Vaccination in the Punjab 1883-1896 - 1883-1896
Year: 1883
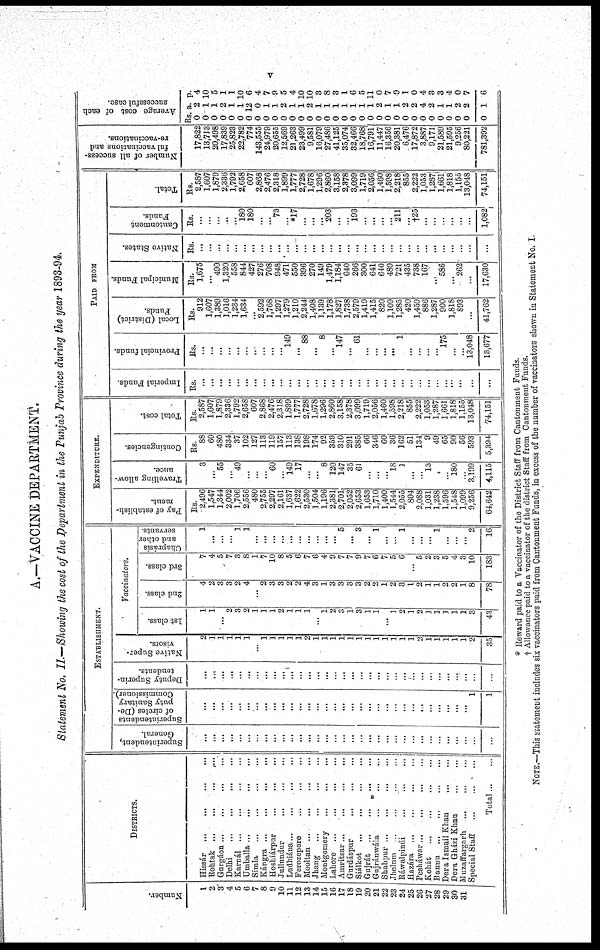
v
A.—VACCINE DEPARTMENT.
Statement No. II.—Showing the cost of the Department in the Punjab Province during the year 1893-94.
Number.
1
2
3
4
5
6
7
8
9
10
11
12
13
14
15
16
17
18
19
20
21
22
23
24
25
26
27
28
29
30
31
DISTRICTS.
Hissár
...
...
...
...
Rohtak
...
...
...
...
Gurgáon ... ... ... ...
Delhi ... ... ... ...
Karnál ... ... ... ...
Umballa
...
...
...
...
Simla ... ... ... ...
Kángra
...
...
...
...
Hoshiárpur ... ... ...
Jullundur ... ... ...
Ludhiána ...
...
...
...
Ferozepore ... ... ...
Mlooltan
...
...
...
...
Jhang ... ... ... ...
Montgomery ... ... ...
Lahore
...
...
...
...
Amritsar...
...
...
...
Gurdáspur ... ... ...
Siálkot ... ... ... ...
Gujrát
...
...
... ...
Gurjránwála ... ... ...
Shabpur
...
...
...
...
Jhelum ...
...
...
...
Ráwalpindi ... ... ...
Hazára ... ... ... ...
Pesháwar
...
...
...
...
Kohát ... ... ... ...
Bannu
...
...
...
...
Dera Ismail Khan ... ...
Dera Gházi Khan ... ...
Muzaffargarh
... ... ...
Special Staff ... ... ...
Total ... ...
ESTABLISHMENT.
Superintendent,
General.
...
...
...
...
...
...
...
...
...
...
...
... ...
...
...
...
...
...
...
...
...
...
...
...
...
...
...
...
...
...
...
...
...
Superintendents
of circles (De-
puty Sanitary
Commissioner).
...
...
...
...
...
...
...
...
...
...
...
... ...
...
...
...
...
...
...
...
...
...
...
...
...
...
...
...
...
...
...
1
1
Deputy Superin-
tendents.
...
...
...
...
...
...
...
...
...
...
...
...
...
...
...
...
...
...
...
...
...
...
...
...
...
...
...
...
...
...
...
...
...
Native Super-
visors.
2
1
1
1
1
1
...
1
1
1
1
1
2
1
1
1
1
1
1
1
1
1
1
1
1
2
1
1
1
1
1
2
35
Vaccinators.
1st class.
1
1
...
2
3
2
1
1
1
2
1
1
1
1
2
3
1
3
1
1
...
1
2
1
2
]
1
1
1
1
3
43
2nd class.
4
2
3
3
2
4
...
2
3
3
2
2
4
3
1
3
3
3
3
2
2
1
2
3
1
2
1
1
2
2
1
8
78
3rd class.
7
4
5
7
3
8
1
7
10
8
5
6
7
6
4
9
7
7
9
7
6
7
5
6
...
5
2
3
5
4
3
10
183
Chaprásís
and other
servants.
1
... ...
...
1
1
...
...
...
...
...
...
...
...
...
...
5
...
3
...
1
...
...
1
...
...
...
1
...
2
16
EXPENDITURE.
Pay of establish-
ment.
Rs.
2,496
1,547
1,344
2,002
1,706
2,556
480
2,755
2,297
2,161
1,637
1,622
2,530
1,504
1,196
2,381
2,701
2,052
2,653
1,653
1,710
1,400
1,544
2,055
804
2,088
1,031
1,238
1,596
1,548
1,099
9,256
64,642
Travelling allow-
ance.
3
...
55
...
49
...
...
...
60
...
149
17
...
...
8
120
147
35
61
...
...
...
18
1
...
...
13
...
...
180
...
3,199
4,115
Contingencies.
Rs.
88
60
480
334
37
102
127
113
119
157
113
138
198
174
92
359
310
291
385
66
346
60
36
162
51
134
9
49
65
90
56
593
5,394
Total cost.
Rs.
2,587
1,607
1,879
2,336
1,792
2,658
607
2,868
2,476
2,318
1,899
1,777
2,728
1,678
1,296
2,860
3,158
2,378
3,099
1,719
2,056
1,460
1,598
2,218
855
2,222
1,053
1,287
1,661
1,818
1,155
13,048
74,151
PAID FROM
Imperial Funds.
Rs.
...
... ...
...
...
...
...
...
...
...
...
...
...
...
...
...
...
...
...
...
...
...
...
...
...
...
...
...
...
...
...
...
...
Provincial funds.
Rs.
...
...
...
...
...
...
...
...
...
...
149
...
88
...I
8
...
147
...
61
...
...
...
...
1
...
...
...
...
175
...
...
13,048
13,677
Local (District)
Funds.
Rs.
912
1,607
1,389
1,016
1,234
1,634
...
2,592
1,768
1,297
1,279
1,210
2,244
1,408
3,139
1,178
1,827
1,738
2,579
1,419
1,415
820
1,109
1,285
420
1,459
886
1,287
900
1,818
893
...
41,762
Municipal Funds.
Rs.
1,675
...
490
1,320
558
844
427
276
708
948
471
550
396
270
149
1,479
1,184
640
266
300
641
640
489
721
435
738
167
...
586
...
262
...
17,630
Native States.
Rs.
...
... ...
...
...
...
...
...
...
...
...
...
...
...
...
...
...
...
...
...
...
...
...
...
...
...
...
...
...
...
...
...
...
Cantonment
Funds.
Rs.
...
...
...
...
...
180
180
...
...
73
...
*17
...
...
...
203
...
...
193
...
...
...
...
211
...
†25
...
...
...
...
...
...
1,082
Total.
Rs.
2,587
1,607
1,879
2,336
1,792
2,658
607
2,868
2,476
2,318
1,899
1,777
2,728
1,678
1,296
2,860
3,158
2,378
3,099
1,719
2,056
1,460
1,598
2,218
855
2,222
1,053
1,287
1,661
1,818
1,155
13,048
74,15l
Number of all success-
ful vaccinations and
re-vaccinations.
17,822
13,713
20,498
17,839
25,823
22,782
774
143,555
24,979
20,655
12,569
21,263
23,499
9,581
16,079
27,486
41,125
35,074
32,466
18,768
16,791
11,447
16,356
20,381
6,476
17,872
3,887
9,171
21,589
21,595
9,256
80,221
781,392
Average cost of each
successful case.
Rs.
0
0
0
0
0
0
0
0
0
0
0
0
0
0
0
0
0
0
0
0
0
0
0
0
0
0
0
0
0
0
0
0
0
a.
2
1
1
2
1
1
12
0
1
1
2
1
1
2
1
1
1
1
1
1
1
2
1
1
2
2
4
2
1
1
2
2
1
P.
4
10
5
1
1
10
6
4
7
9
5
4
10
10
3
8 3
1
6
5
11
0
7
0
1
0
4
3
3
4
0
7
6
* Reward paid to a Vaccinator of the District Staff from Cantonment Funds.
† Allowance paid to a vaccinator of the district Staff from Cantonment Funds.
NOTE.—This statement includes six vaccinators paid from Cantonment Funds, in excess of the number of vaccinators shown in Statement No. I.